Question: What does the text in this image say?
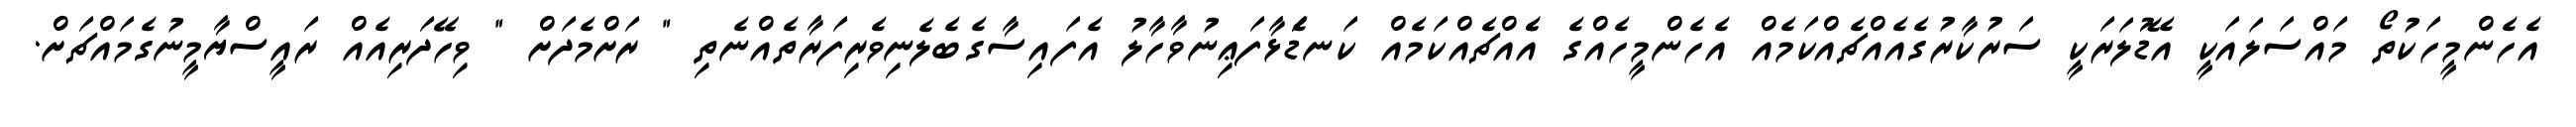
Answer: އެހެންމީހަކުތޯ މައްސަލައަކީ އެޑޮލަރަކީ ސަރުކާރުގެއެއްޗެއްކަމެއް އެހެންމީހެއްގެ އެެއްޗެއްކަމެއް ކަނޑަެަޅާފަޢިނުވާހާލު އެފައިސާގެބެލެނިވެރިފަރާތެއްނެތި " ރަށްމެދަށް " ވިހޭދަރިއެއް ރައީސްޔާމީނުގެމައްޗަށް.